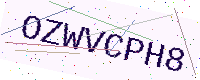
Text: OZWVCPH8